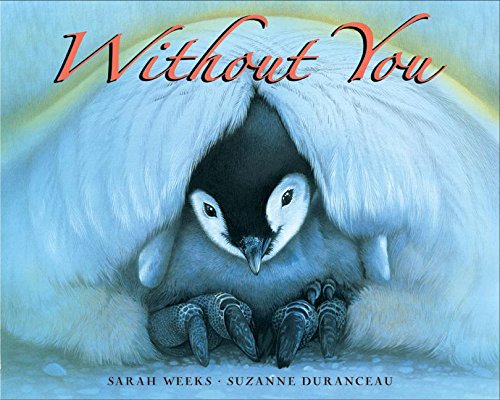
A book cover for Without You; Sarah Weeks; Children's Books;